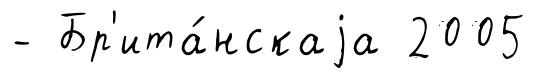
- Бр'ита́нскаjа 2005